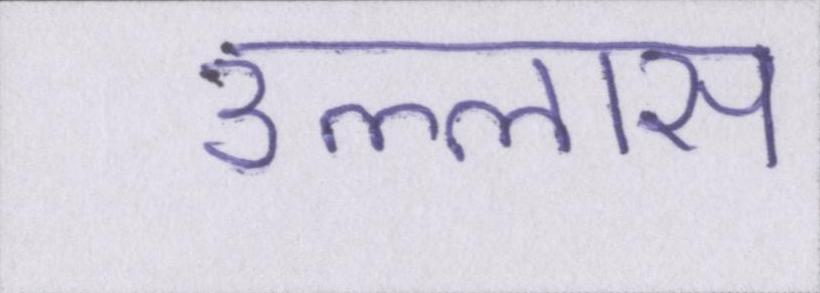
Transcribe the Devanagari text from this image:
उल्लास